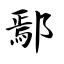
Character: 鄢